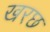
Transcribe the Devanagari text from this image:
खरछ